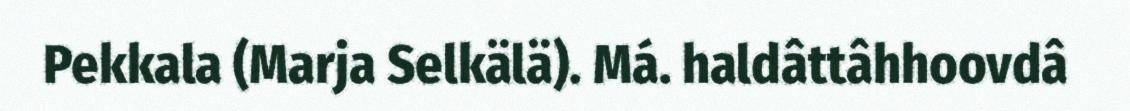
Pekkala (Marja Selkälä). Má. haldâttâhhoovdâ